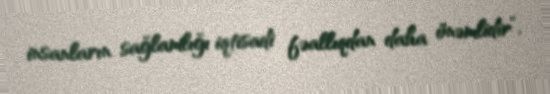
insanların sağlamlığı iqtisadi fəallıqdan daha önəmlidir”.